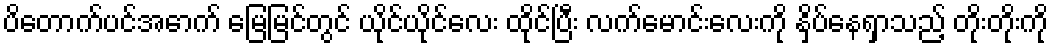
ပိတောက်ပင်အောက် မြေမြင်တွင် ယိုင်ယိုင်လေး ထိုင်ပြီး လက်မောင်းလေးကို နှိပ်နေရှာသည့် တိုးတိုးကို